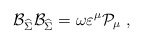
\begin{align*}\mathcal{B}_{\widehat{\Sigma }}\mathcal{B}_{\widehat{\Sigma }}=\omega\varepsilon ^\mu \mathcal{P}_\mu \;, \end{align*}